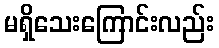
မရှိသေးကြောင်းလည်း